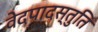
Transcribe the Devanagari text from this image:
वेदपादस्तुति